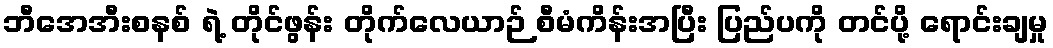
ဘီအေအီးစနစ် ရဲ့ တိုင်ဖွန်း တိုက်လေယာဉ် စီမံကိန်းအပြီး ပြည်ပကို တင်ပို့ ရောင်းချမှု